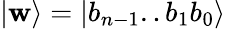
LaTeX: |\mathbf{w}\rangle=|b_{n-1}..b_{1}b_{0}\rangle